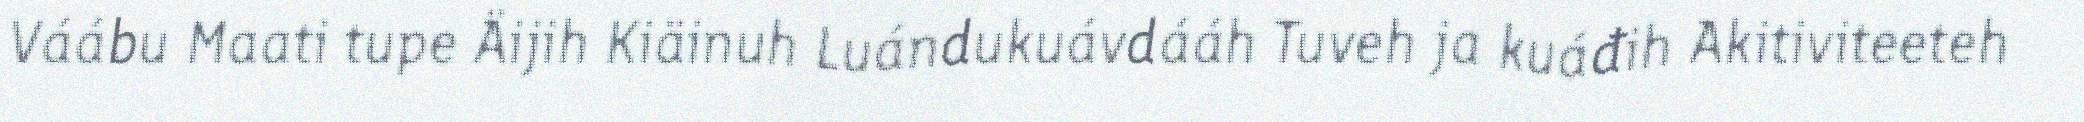
Váábu Maati tupe Äijih Kiäinuh Luándukuávdááh Tuveh ja kuáđih Akitiviteeteh